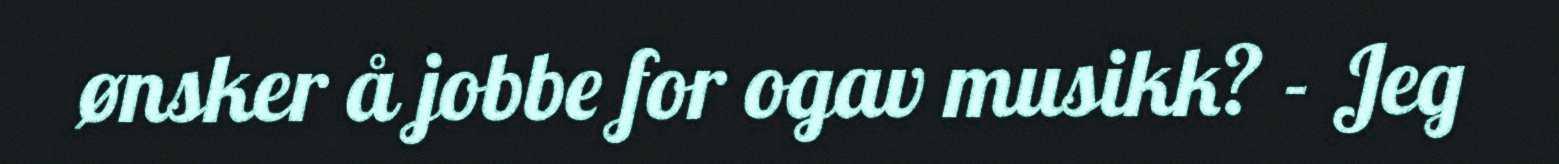
ønsker å jobbe for ogav musikk? - Jeg